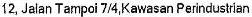
12,JALAN TAMPOI 7/4,KAWASAN PERINDUSTRIAN